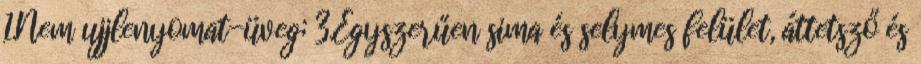
1.Nem ujjlenyomat-üveg; 3.Egyszerűen sima és selymes felület, áttetsző és